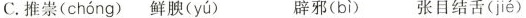
C.推崇( chóng ) 鲜腴( yú ) 辟邪( bì ) 张目结舌( jié )